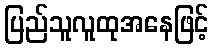
ပြည်သူလူထုအနေဖြင့်